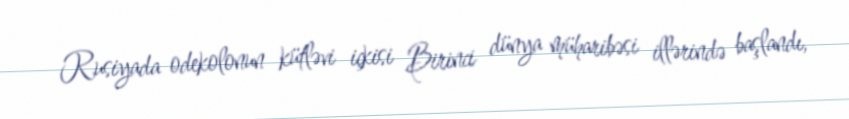
Rusiyada odekolonun kütləvi içkisi Birinci dünya müharibəsi illərində başlandı,